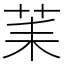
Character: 䒹